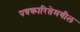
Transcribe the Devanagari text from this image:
पत्रकारितेमधील